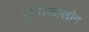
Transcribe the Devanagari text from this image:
गुप्ताकालीन